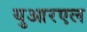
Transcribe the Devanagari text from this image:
युआरएल